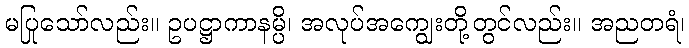
မပြုသော်လည်း။ ဥပဋ္ဌာကာနမ္ပိ၊ အလုပ်အကျွေးတို့တွင်လည်း။ အညတရံ၊